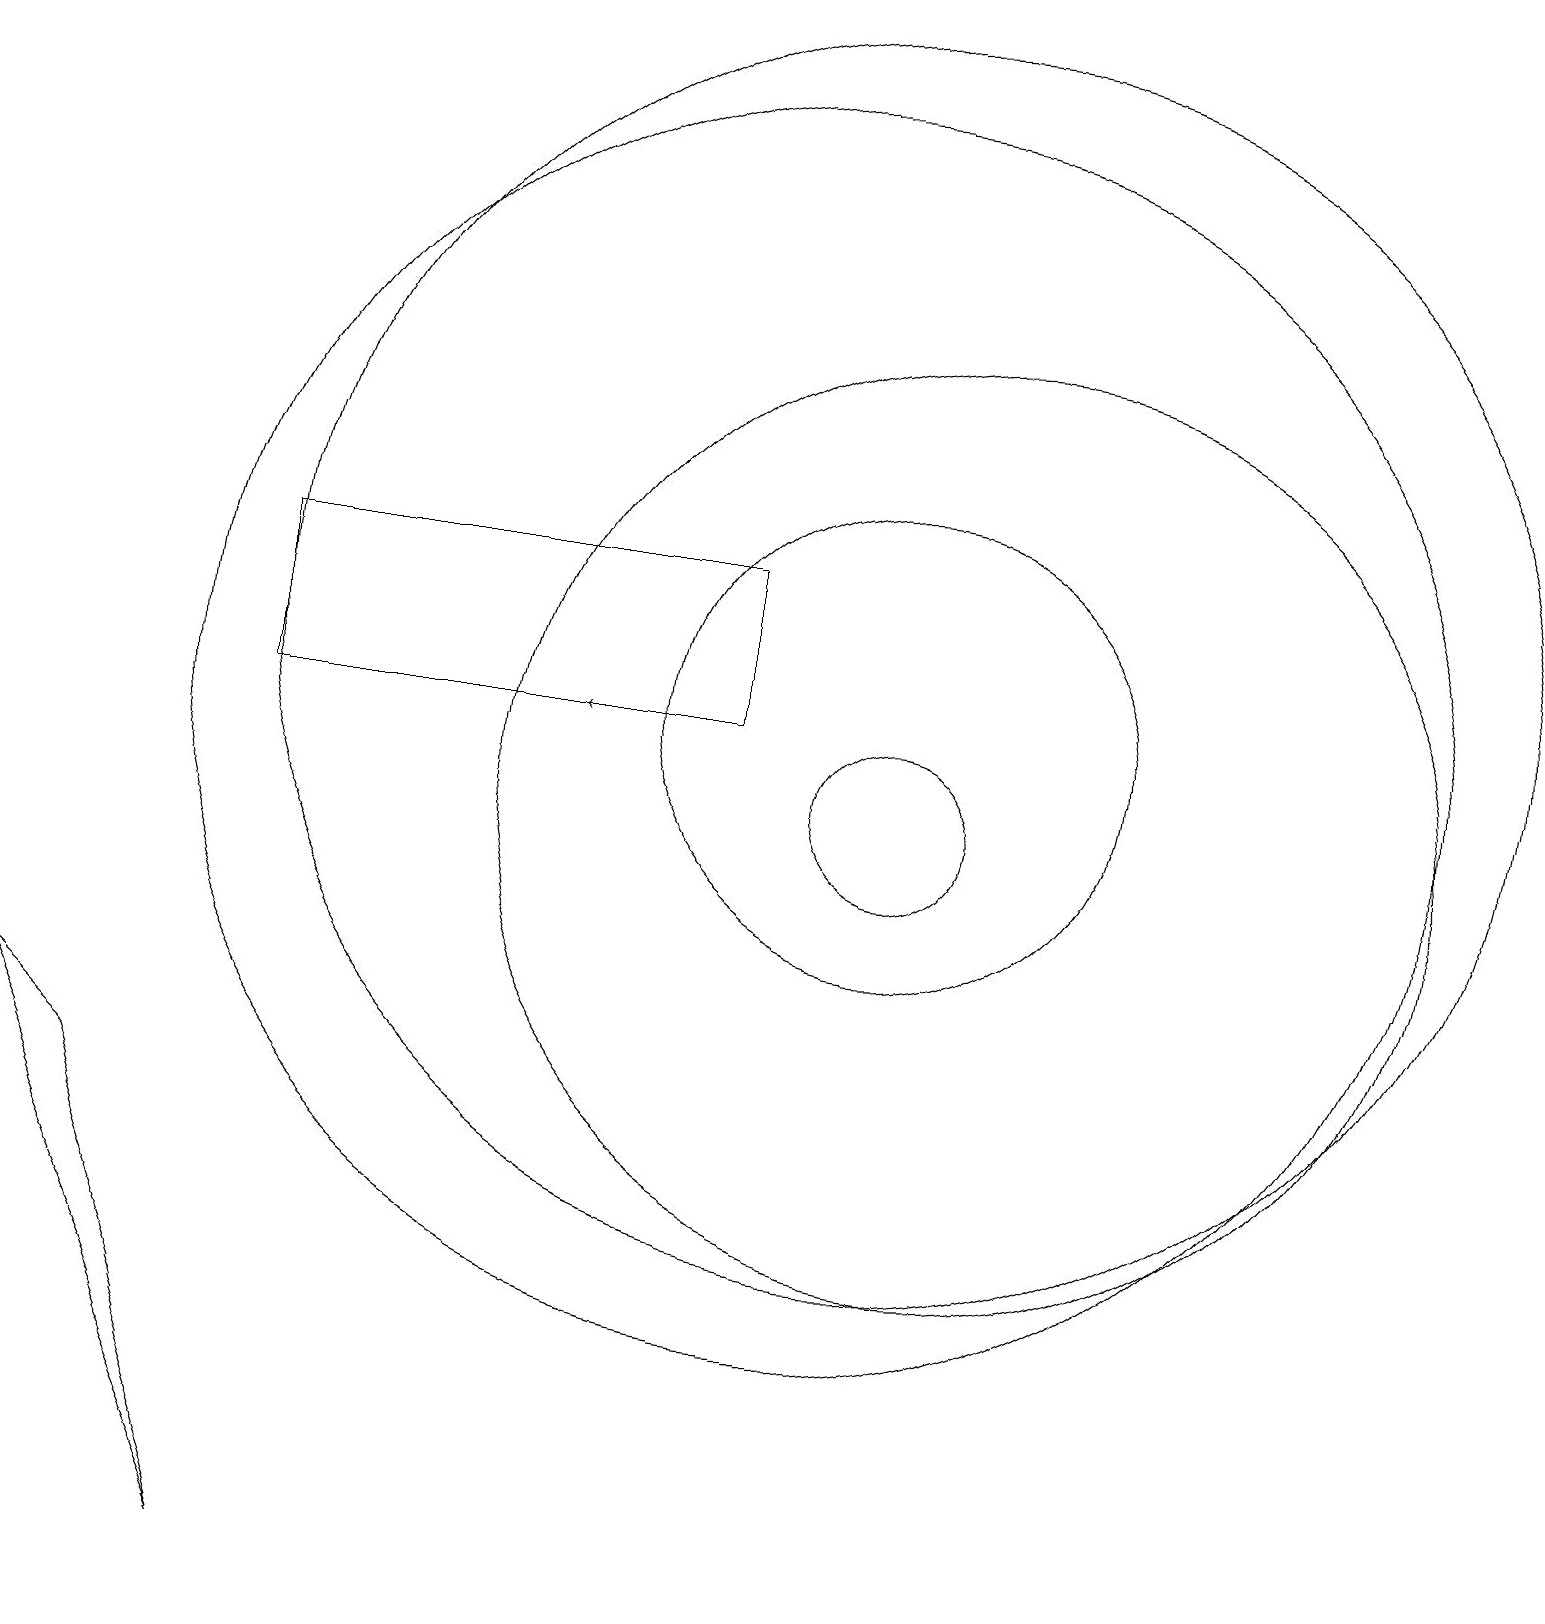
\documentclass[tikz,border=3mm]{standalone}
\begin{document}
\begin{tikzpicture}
\draw (11,12) circle (8);
\draw (10,11) circle (8);
\draw (11,10) circle (1);
\draw (3,0) -- (1,6) -- (0,7) -- cycle;
\draw (11,11) circle (3);
\draw[->] (8,11) -- (7,11);
\draw (12,10) circle (6);
\draw (3,13) rectangle (9,11);
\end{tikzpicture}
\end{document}